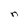
Character: n